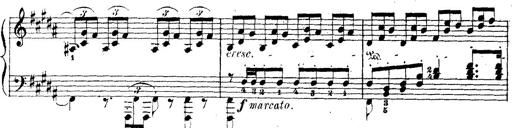
Title: Wagner-Liszt Album
Composer: Franz Liszt